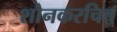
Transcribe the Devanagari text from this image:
शौनकरचित